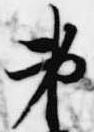
第